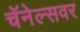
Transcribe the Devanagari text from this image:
चॅनेल्सवर